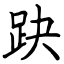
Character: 趹